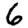
Digit: 6